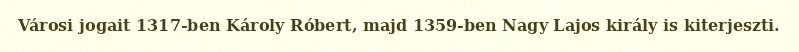
Városi jogait 1317-ben Károly Róbert, majd 1359-ben Nagy Lajos király is kiterjeszti.